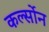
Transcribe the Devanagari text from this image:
कर्ल्सोन